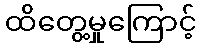
ထိတွေ့မှုကြောင့်